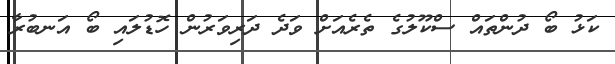
ކަޅު ބޯ ދުންތައް ސްކޫލުގެ ތެރެއަށް ވަދެ ދަރިވަރުން ހޮޑުލައި ބޯ އަނބުރާ